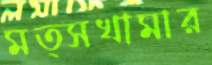
মত্সখামার